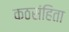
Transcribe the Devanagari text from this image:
कठसंहिता